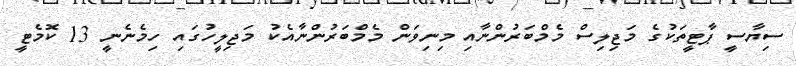
ސިޔާސީ ޕާޓީތަކުގެ މަޖިލިސް މެމްބަރުންނާއި މިނިވަން މެމްބަރުންނާއެކު މަޖިލީހުގައި ހިމެނެނީ 13 ކޮމެޓީ